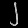
Digit: ၂